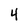
Character: 4